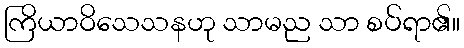
ကြိယာဝိသေသနဟု သာမည သာ စပ်ရာ၏။